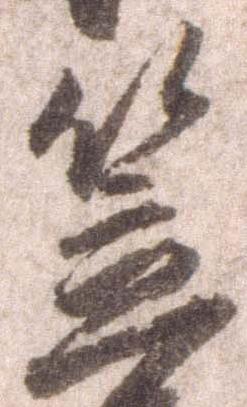
笠